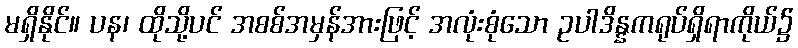
မရှိနိုင်။ ပန၊ ထိုသို့ပင် အစစ်အမှန်အားဖြင့် အလုံးစုံသော ဥပါဒိန္နကရုပ်ရှိရာကိုယ်၌